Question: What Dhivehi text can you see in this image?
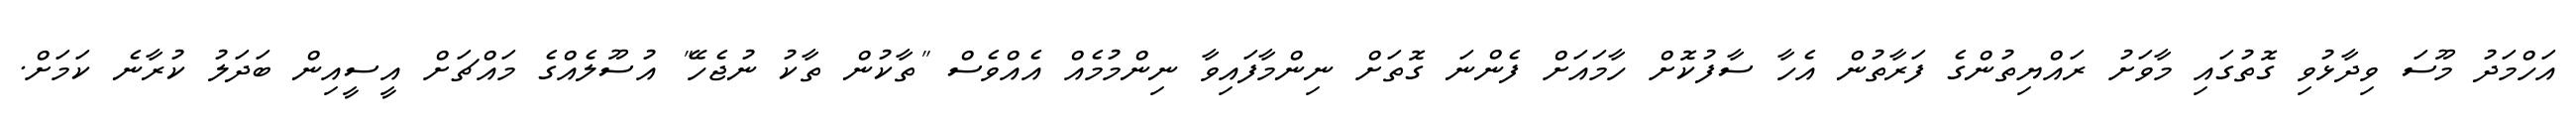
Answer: އަހްމަދު މޫސަ ވިދާޅުވި ގޮތުގައި މާވަށު ރައްޔިތުންގެ ފަރާތުން އެހާ ސާފުކޮށް ހާމައަށް ފެންނަ ގޮތަށް ނިންމާފައިވާ ނިންމުމެއް އެއްވެސް "ތާކުން ތާކު ނުޖެހޭ" އުސޫލެއްގެ މައްޗަށް އީސީއިން ބަދަލު ކުރާނެ ކަމަށް.